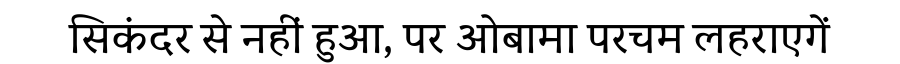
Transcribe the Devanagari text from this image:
सिकंदर से नहीं हुआ, पर ओबामा परचम लहराएगें